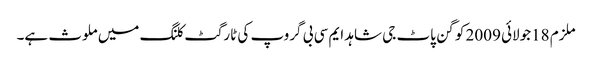
ملزم 18جولائی 2009 کو گن پاٹ جی شاہد ایم سی بی گروپ کی ٹارگٹ کلنگ میں ملوث ہے۔